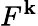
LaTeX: F^{\mathbf{k}}